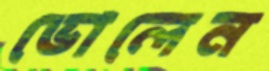
ভোলেন